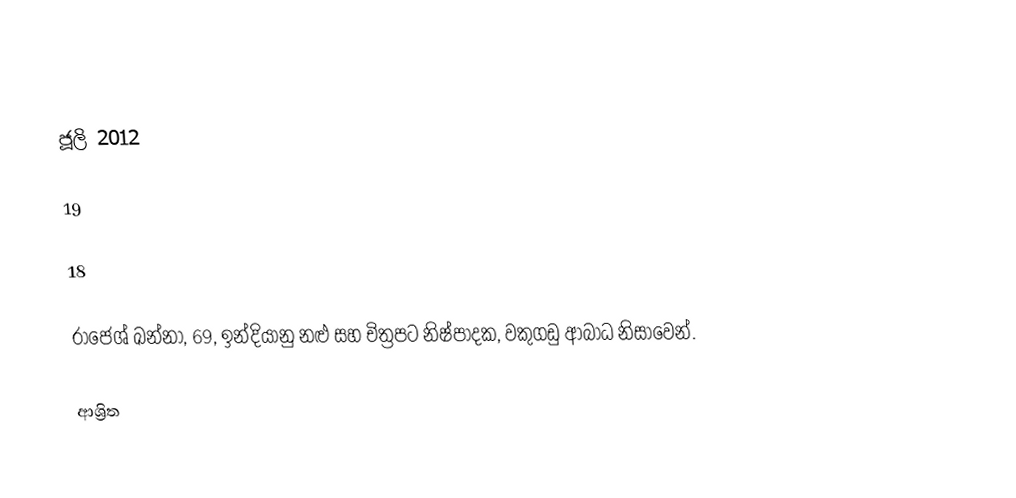

ජූලි 2012

19

18

රාජෙශ් ඛන්නා, 69, ඉන්දියානු නළු සහ චිත්‍රපට නිෂ්පාදක, වකුගඩු ආබාධ නිසාවෙන්.

ආශ්‍රිත